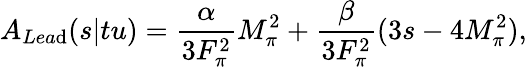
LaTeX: A_{Lea\mathrm{d}}(s|tu)=\frac{{\alpha}}{{3F_{\pi}^{2}}}M_{\pi}^{2}+\frac{{\beta}}{{3F_{\pi}^{2}}}(3s-4M_{\pi}^{2}),